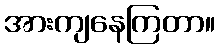
အားကျနေကြတာ။